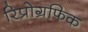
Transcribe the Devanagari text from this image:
रिप्रोग्रफिक